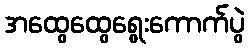
အထွေထွေရွေးကောက်ပွဲ